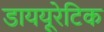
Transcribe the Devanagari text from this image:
डाययूरेटिक